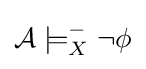
{\mathcal {A}}\models _{X}^{-}\lnot \phi